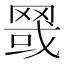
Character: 䍞